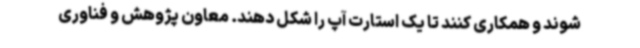
شوند و همکاری کنند تا یک استارت آپ را شکل دهند. معاون پژوهش و فناوری